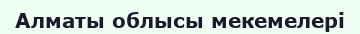
Алматы облысы мекемелері